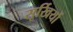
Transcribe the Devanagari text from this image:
सूर्खियों